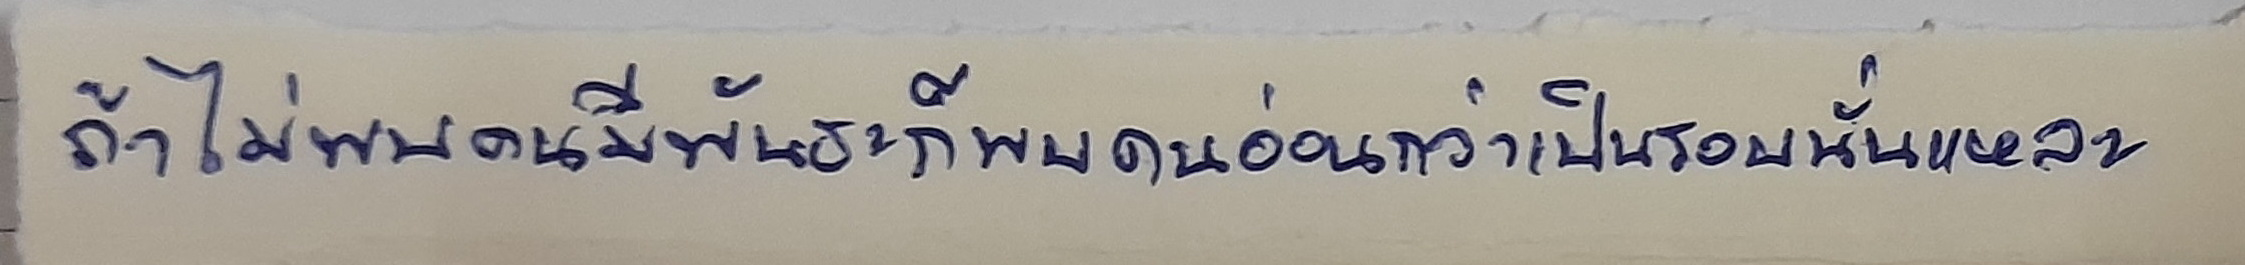
ถ้าไม่พบคนมีพันธะก็พบคนอ่อนกว่าเป็นรอบนั่นแหละ